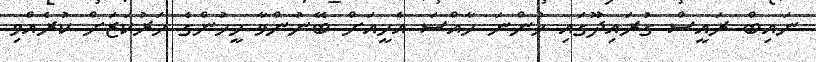
ނައިބް ރައީސް ގުރައިދޫގައި ހުންނަ ހާއްސަ އެހީއަށް ބޭނުންވާ މީހުންގެ މަރުކަޒަށް ކުރެއްވި